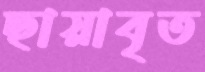
ছায়াবৃত